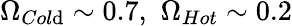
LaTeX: \Omega_{Col\mathrm{d}}\sim0.7,\, \, \Omega_{Hot}\sim0.2